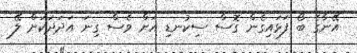
އޭނާގެ ބޯ ފަޅައިގެން ގޮސް ސިކުނޑި އަށް ވެސް ގިނަ އަދަދަކަށް ލޭ